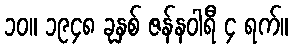
၁၀။ ၁၉၄၈ ခုနှစ် ဇန်နဝါရီ ၄ ရက်။